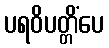
ပရဝိပတ္တိံပေ